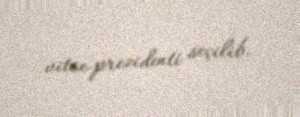
vitse-prezidenti seçilib.